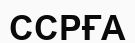
ССРҒА